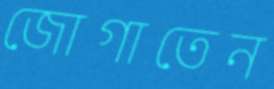
জোগাতেন